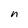
Character: n